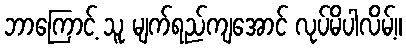
ဘာကြောင့် သူ မျက်ရည်ကျအောင် လုပ်မိပါလိမ့်။